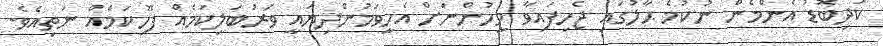
ކުދިބޮޑު އެންމެން ނުކުމެ ޙާލުގައި ޖެހިފައިވާ މީހުންނަށް އެހީވަމުންދިޔައީ ވަރުބަލިކަމެއް ފޫހިކަމެއް ނަތިއެވެ.